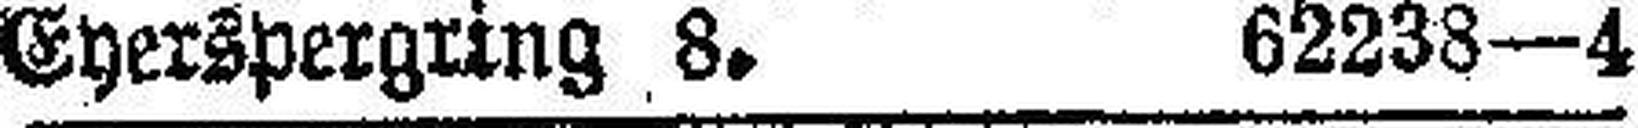
Eyerspergring 8. 62238—4